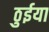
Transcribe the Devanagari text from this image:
ठुईया